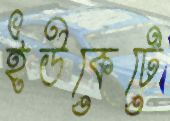
ইউকেটে